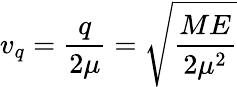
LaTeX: v_{q}=\frac{q}{2\mu}=\sqrt{\frac{ME}{2\mu^{2}}}